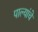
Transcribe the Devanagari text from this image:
पाल्यांचे